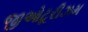
જીઓટૂરીઝમ